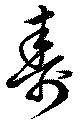
壽